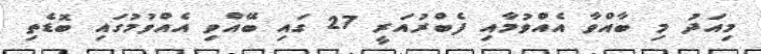
މިއަދު މި ބާއްވާ އެއްވުމާއި ފެބްރުއަރީ 27 ގައި ބޭއްވި އެއްވުމުގައި ބޮޑެތި